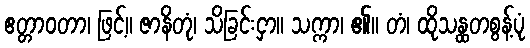
ဧတ္တာဝတာ၊ ဖြင့်။ ဇာနိတုံ၊ သိခြင်းငှာ။ သက္ကာ၊ ၏။ တံ၊ ထိုသန္ထတစွန့်ပုံ